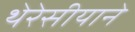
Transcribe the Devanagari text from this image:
थेरेसीयाने